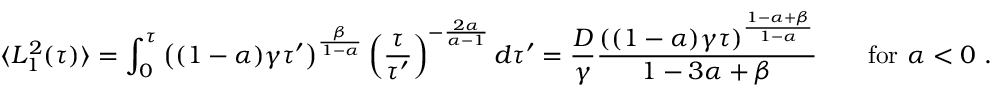
\langle L _ { 1 } ^ { 2 } ( \tau ) \rangle = \int _ { 0 } ^ { \tau } \left( ( 1 - \alpha ) \gamma \tau ^ { \prime } \right) ^ { \frac { \beta } { 1 - \alpha } } \left( \frac { \tau } { \tau ^ { \prime } } \right) ^ { - \frac { 2 \alpha } { \alpha - 1 } } d \tau ^ { \prime } = \frac { D } { \gamma } \frac { ( ( 1 - \alpha ) \gamma \tau ) ^ { \frac { 1 - \alpha + \beta } { 1 - \alpha } } } { 1 - 3 \alpha + \beta } \qquad \mathrm { f o r } \ \alpha < 0 \ .